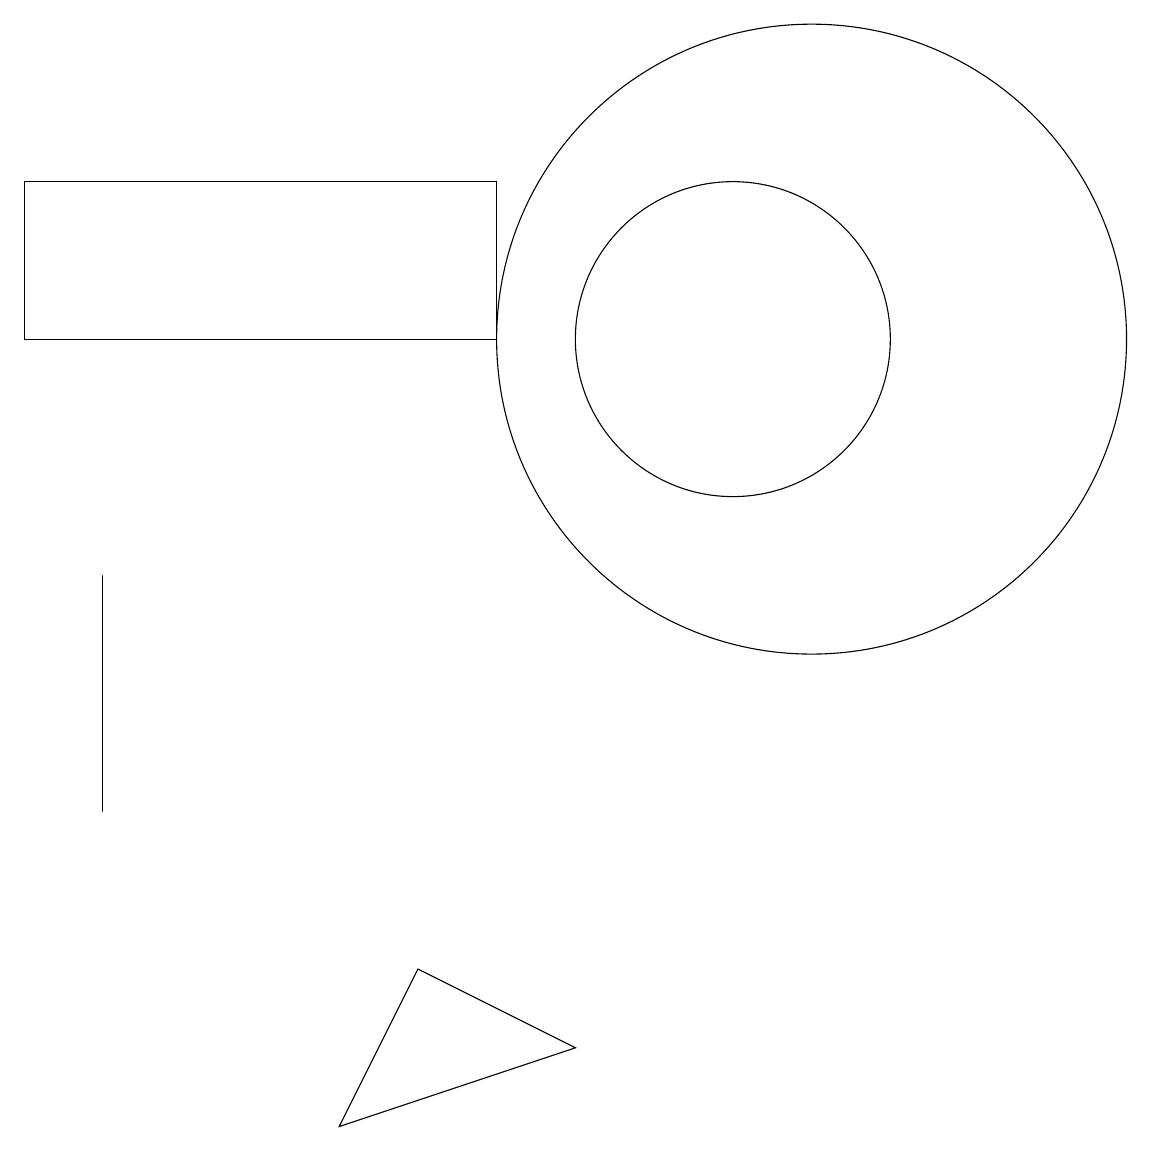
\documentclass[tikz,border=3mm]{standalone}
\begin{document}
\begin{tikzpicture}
\draw (10,10) circle (2);
\draw (11,10) circle (4);
\draw (8,1) -- (6,2) -- (5,0) -- cycle;
\draw (2,4) -- (2,7) -- (2,6) -- cycle;
\draw (1,12) rectangle (7,10);
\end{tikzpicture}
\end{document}